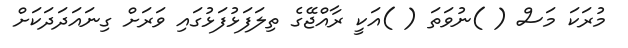
މުރަކަ މަސް ( )ނުވަތަ ( )އަކީ ރާއްޖޭގެ ތިލަފަޅުފަޅުގައި ވަރަށް ގިނައަދަދަކަށް